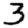
Digit: 3